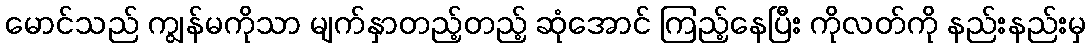
မောင်သည် ကျွန်မကိုသာ မျက်နှာတည့်တည့် ဆုံအောင် ကြည့်နေပြီး ကိုလတ်ကို နည်းနည်းမှ